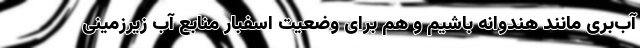
آب‌بری مانند هندوانه باشیم و هم برای وضعیت اسفبار منابع آب زیرزمینی